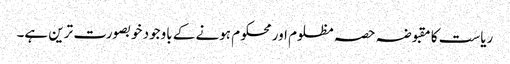
ریاست کا مقبوضہ حصہ مظلوم اور محکوم ہونے کے باوجود خوبصورت ترین ہے۔